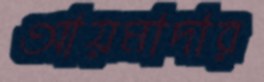
আয়মাদার